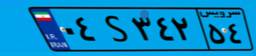
۶۰S۳۳۶۳۱